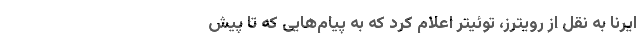
ایرنا به نقل از رویترز، توئیتر اعلام کرد که به پیام‌هایی که تا پیش